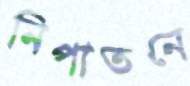
নিপাতনে